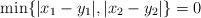
LaTeX: \begin{align*}\min\{|x_1-y_1|, |x_2-y_2|\}=0\end{align*}